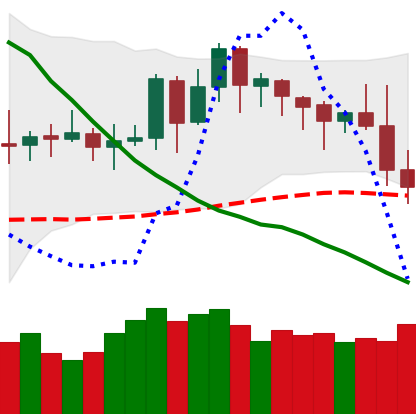
Ticker: DOGE-USD
Chart end date: 2019-11-19
Forward return: -7.182%
Label: down_7plus